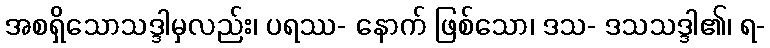
အစရှိသောသဒ္ဒါမှလည်း၊ ပရဿ- နောက် ဖြစ်သော၊ ဒသ- ဒသသဒ္ဒါ၏၊ ရ-